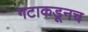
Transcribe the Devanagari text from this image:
गटाकडूनच